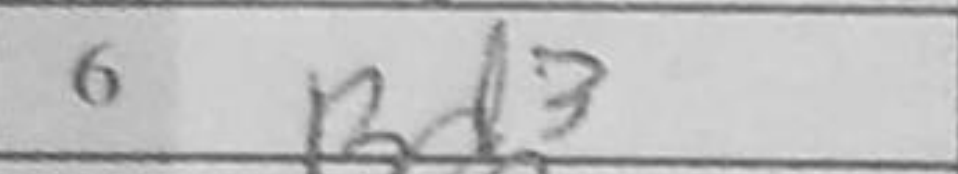
Transcription: Bd3